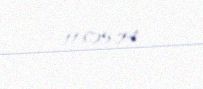
11.05.74